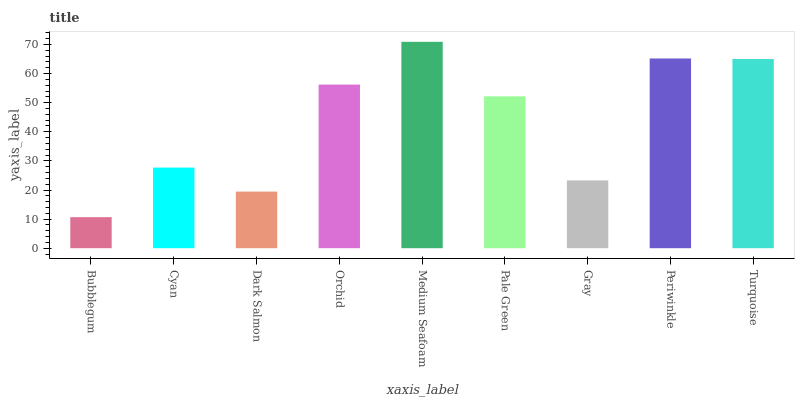
| xaxis_label | bars |
 | --- | --- |
 | Bubblegum | 10.7 |
 | Cyan | 27.7 |
 | Dark Salmon | 19.5 |
 | Orchid | 56.2 |
 | Medium Seafoam | 70.9 |
 | Pale Green | 52.2 |
 | Gray | 23.3 |
 | Periwinkle | 65.2 |
 | Turquoise | 65 |